255_413270_UFO's_and_Defense_What_Should_we_Prepare_For
Agency: NASA
Page 81
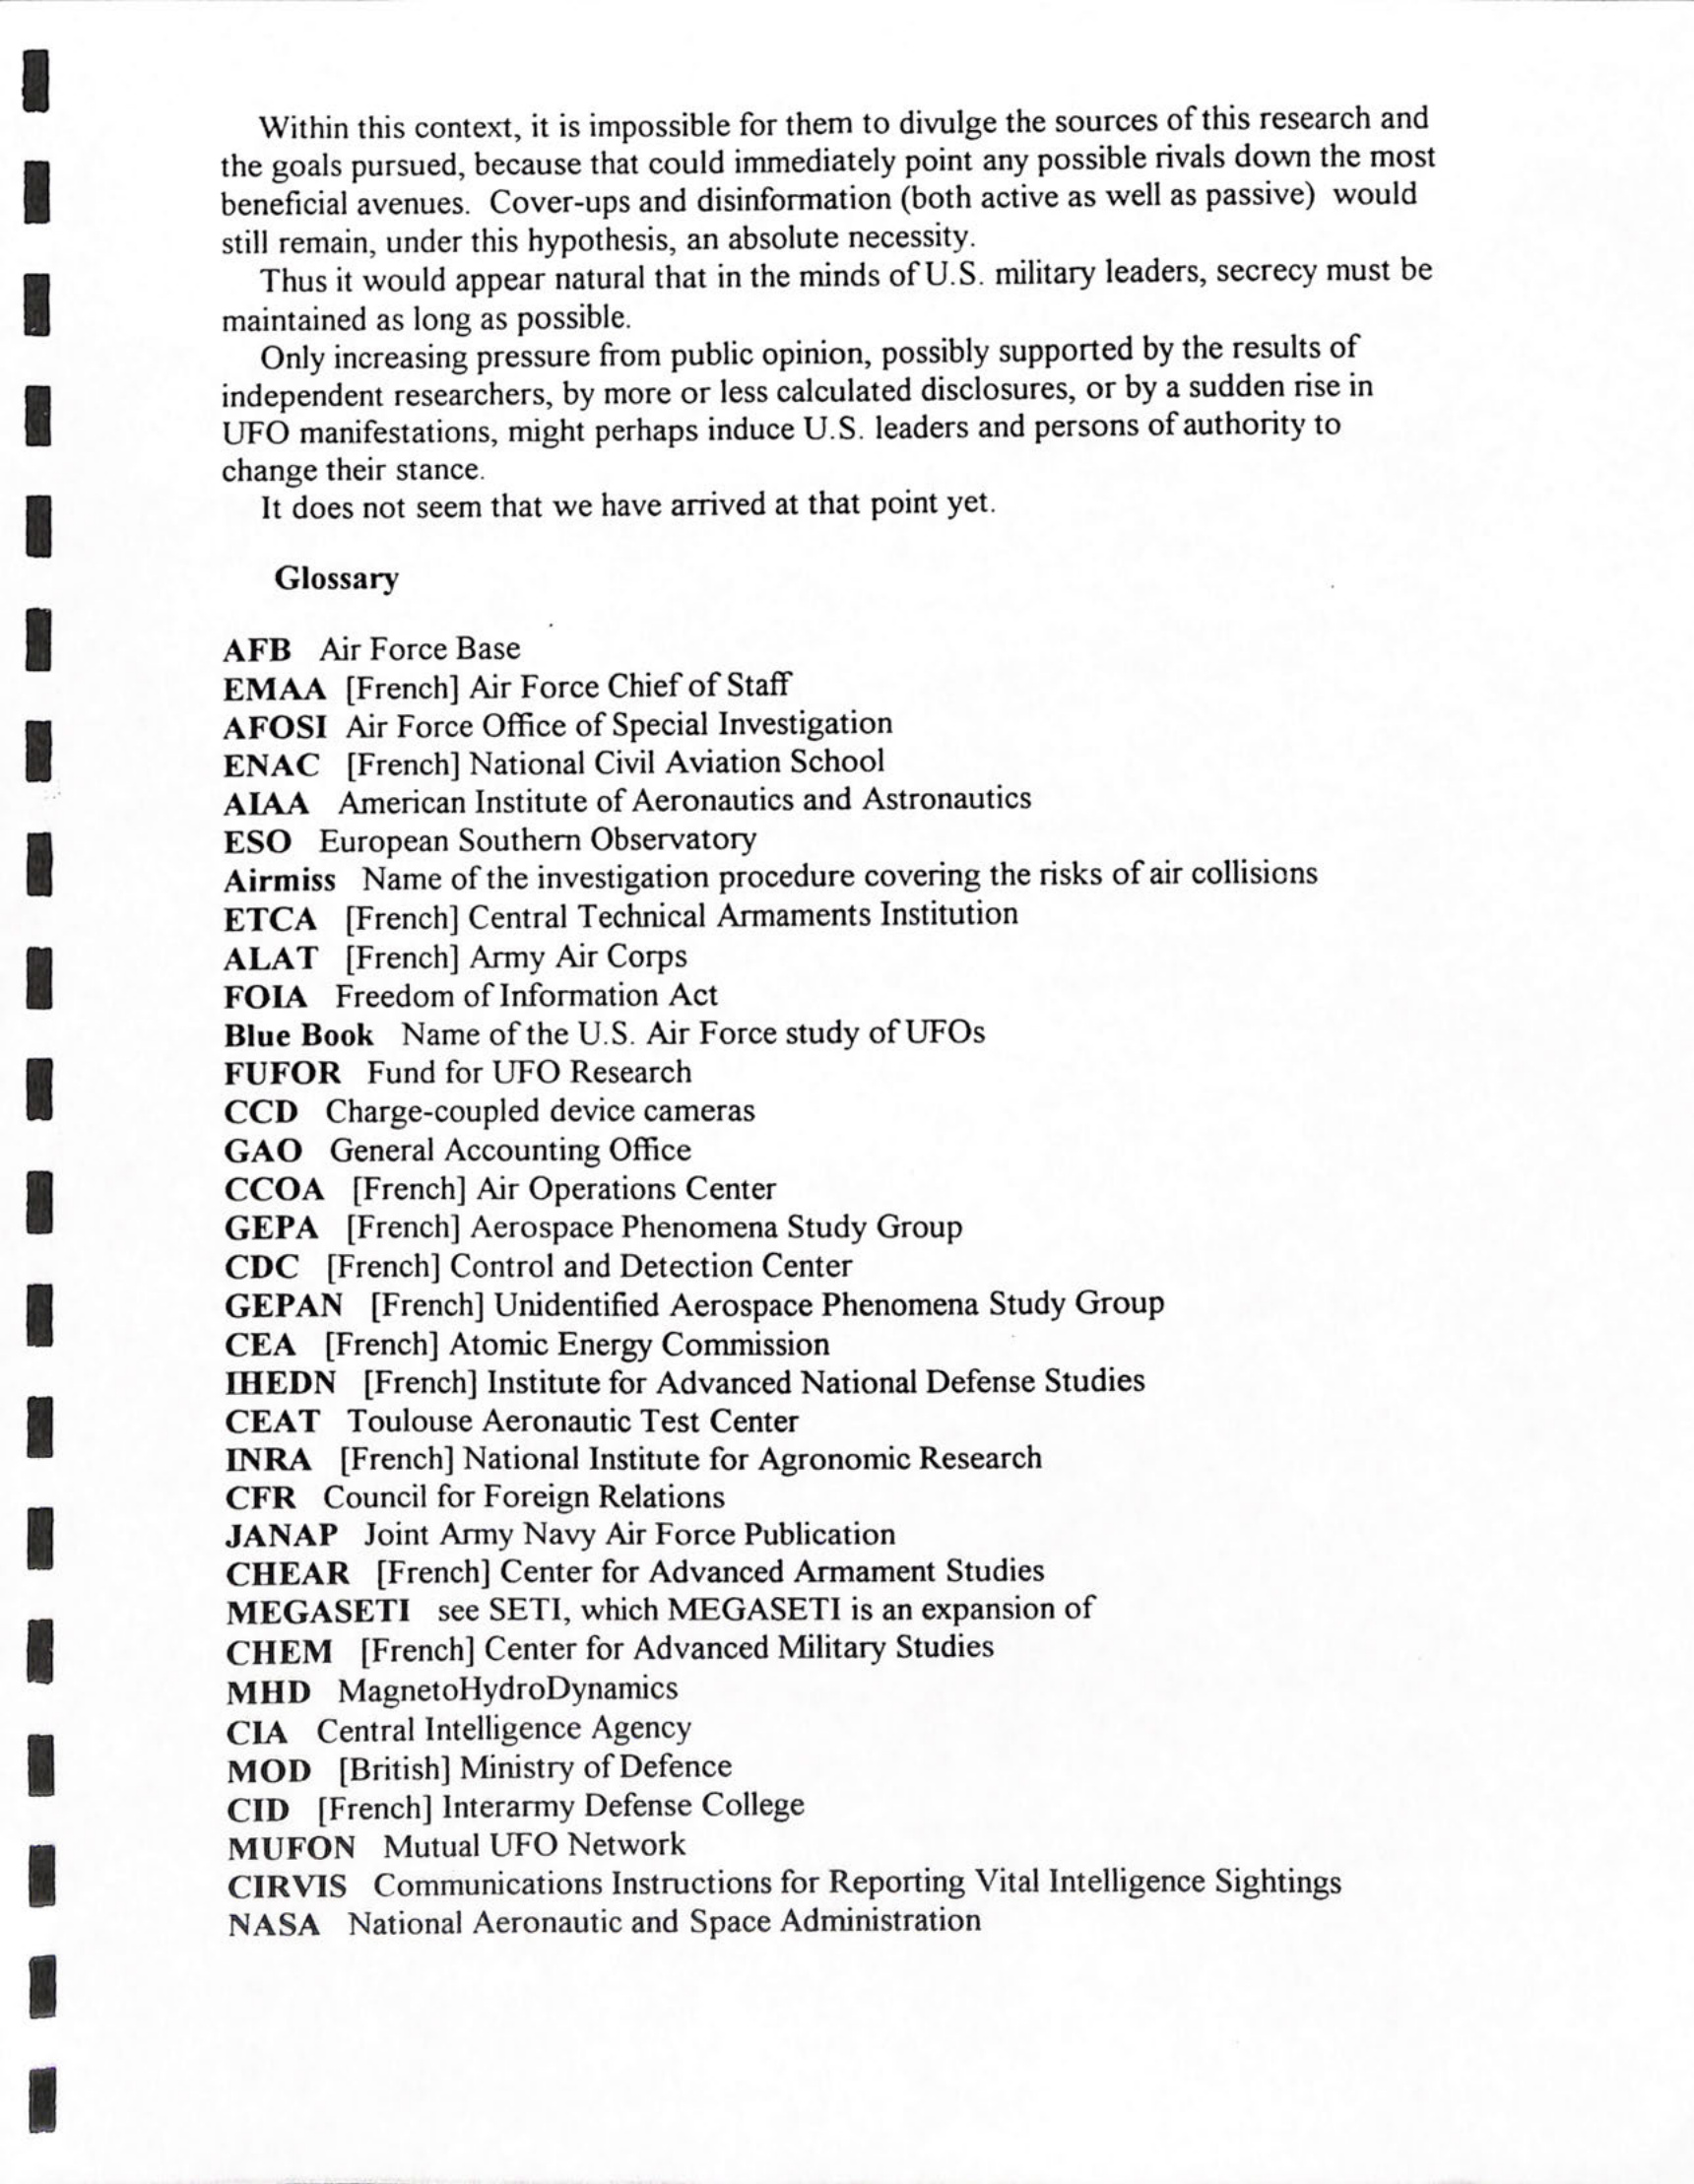